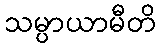
သမ္ပာယာမီတိ